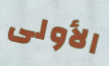
الأولى